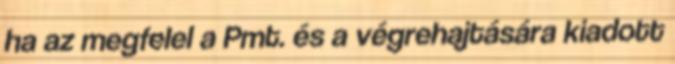
ha az megfelel a Pmt. és a végrehajtására kiadott